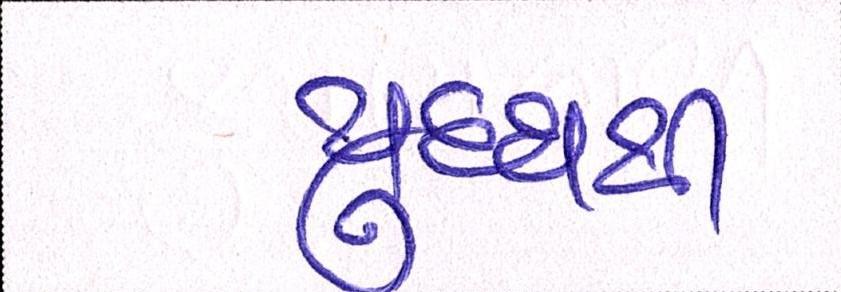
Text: યુદ્ધથી